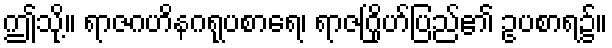
ဤသို့။ ရာဇဂဟိနဂရုပစာရေ၊ ရာဇဂြိုဟ်ပြည်၏ ဥပစာရ၌။